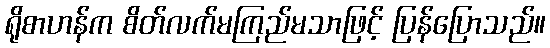
ရိုစာဟန်က စိတ်လက်မကြည်မသာဖြင့် ပြန်ပြောသည်။